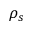
\rho _ { s }